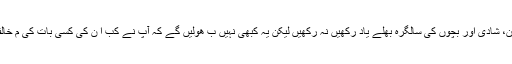
کارپوریٹ شیر اپنے گھر میں شریک حیا ت کا جنم دن، شادی اور بچّوں کی سالگرہ بھلے یاد رکھیں نہ رکھیں لیکن یہ کبھی نہیں ب ھولیں گے کہ آپ نے کب ا ن کی کسی بات کی م خالفت کی تھی، کب آپ نے اکھّٹے تین چ ھٹیاں لی تھیں۔